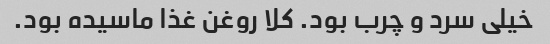
خیلی سرد و چرب بود. کلا روغن غذا ماسیده بود.